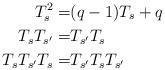
LaTeX: \begin{align*} T_s^2=&(q-1)T_s+q&&\\ T_sT_{s'}=&T_{s'}T_s&&\\ T_sT_{s'}T_s=&T_{s'}T_sT_{s'}&& \end{align*}